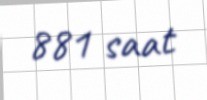
881 saat